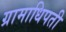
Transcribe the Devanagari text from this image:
ग्रामाधिपती